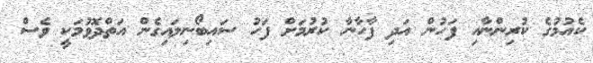
ކެއުމުގެ ކުރިންނާއި ފަހުން އަދި ފާހާނާ ކުރުމަށް ފަހު ސައިބޯނިލައިގެން އަތްދޮވުމަކީ ވެސް